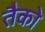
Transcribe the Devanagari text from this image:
तैको